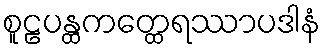
စူဠပန္ထကတ္ထေရဿာပဒါနံ